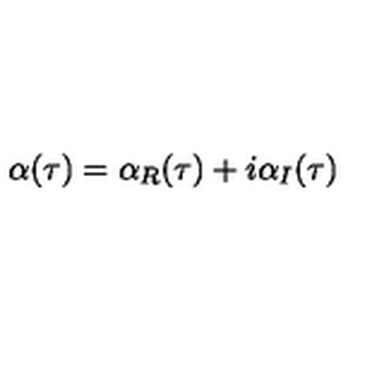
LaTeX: \: \alpha ( \tau ) = \alpha _ { R } ( \tau ) + i \alpha _ { I } ( \tau ) \: